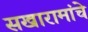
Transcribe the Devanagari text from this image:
सखारामांचे